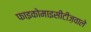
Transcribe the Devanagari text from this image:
फाइकोमाइसीटीज़वाले